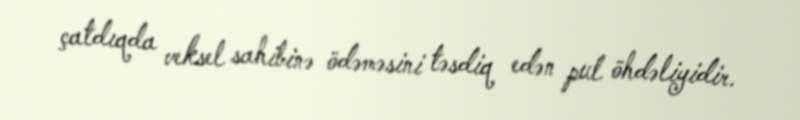
çatdıqda veksel sahibinə ödəməsini təsdiq edən pul öhdəliyidir.